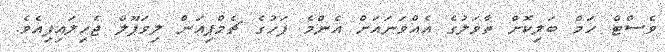
ވެސްޓް ހަމް ބަލިކޮށް ތާވަލުގެ އެއްވަނައަށް އެންމެ ފަހުގެ ޗެމްޕިއަން ލިވަޕޫލް ޖެހިލައިފިއެވެ.